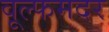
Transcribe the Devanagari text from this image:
वूल्‍फमदर